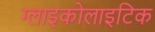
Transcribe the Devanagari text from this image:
ग्लाइकोलाइटिक